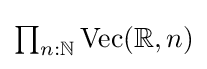
{\textstyle \prod _{n:\mathbb {N} }\operatorname {Vec} (\mathbb {R} ,n)}